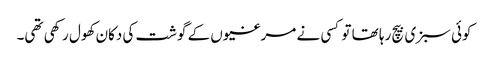
کوئی سبزی بیچ رہا تھا تو کسی نے مرغیوں کے گوشت کی دکان کھول رکھی تھی۔